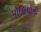
પોલિયોની